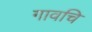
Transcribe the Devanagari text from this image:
गावचि